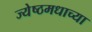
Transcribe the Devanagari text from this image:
ज्येष्ठमधाच्या